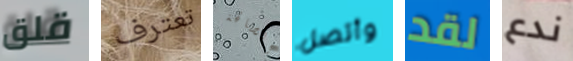
قلق تعترف الصالحة وأتصل لقد ندع